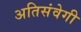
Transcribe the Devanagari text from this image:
अतिसंवेगी